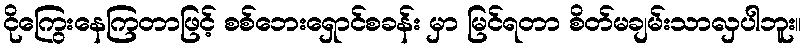
ငိုကြွေးနေကြတာဖြင့် စစ်ဘေးရှောင်စခန်း မှာ မြင်ရတာ စိတ်မချမ်းသာလှပါဘူး။